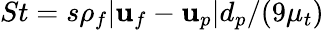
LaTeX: St=s\rho_{f}|\mathbf{u}_{f}-\mathbf{u}_{p}|d_{p}/(9\mu_{t})